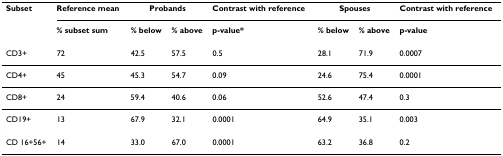
<table><thead><tr><td><b>Subset</b></td><td><b>Reference mean</b></td><td colspan="2"><b>Probands</b></td><td><b>Contrast with reference</b></td><td colspan="2"><b>Spouses</b></td><td><b>Contrast with reference</b></td></tr><tr><td></td><td><b>% subset sum</b></td><td><b>% below</b></td><td><b>% above</b></td><td><b>p-value*</b></td><td><b>% below</b></td><td><b>% above</b></td><td><b>p-value</b></td></tr></thead><tbody><tr><td>CD3+</td><td>72</td><td>42.5</td><td>57.5</td><td>0.5</td><td>28.1</td><td>71.9</td><td>0.0007</td></tr><tr><td>CD4+</td><td>45</td><td>45.3</td><td>54.7</td><td>0.09</td><td>24.6</td><td>75.4</td><td>0.0001</td></tr><tr><td>CD8+</td><td>24</td><td>59.4</td><td>40.6</td><td>0.06</td><td>52.6</td><td>47.4</td><td>0.3</td></tr><tr><td>CD19+</td><td>13</td><td>67.9</td><td>32.1</td><td>0.0001</td><td>64.9</td><td>35.1</td><td>0.003</td></tr><tr><td>CD 16+56+</td><td>14</td><td>33.0</td><td>67.0</td><td>0.0001</td><td>63.2</td><td>36.8</td><td>0.2</td></tr></tbody></table>